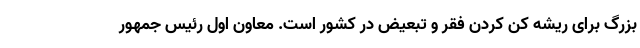
بزرگ برای ریشه کن کردن فقر و تبعیض در کشور است. معاون اول رئیس جمهور